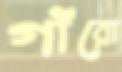
গাঁরো